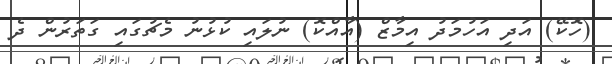
(ހޮކޭ) އަދި އަހުމަދު އިމާޒް (އާއްކޮ) ނުލައި ކުޅުނު މެޗުގައި ގަތަރުން ދެ